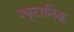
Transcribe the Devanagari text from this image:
ज्यूटालिक